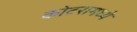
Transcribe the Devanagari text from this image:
कोटरामध्ये